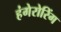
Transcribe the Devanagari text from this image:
हंगेरोरिंग